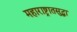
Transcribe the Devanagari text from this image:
महाराष्ट्रातसुद्धा